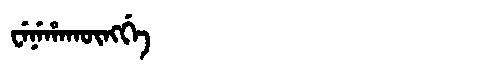
Manchu: ᠸᡝᠨᡝᡥᠠᡴᡡᠩᡤᡝ
Romanization: WENEHAKŪNGGE